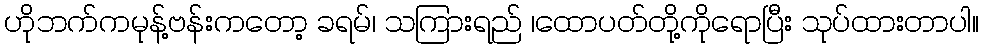
ဟိုဘက်ကမုန့်ဗန်းကတော့ ခရမ်၊ သကြားရည် ၊ထောပတ်တို့ကိုရောပြီး သုပ်ထားတာပါ။